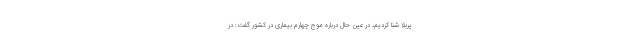
پربلا شنا کردیم، در عین حال درباره موج چهارم بیماری در کشور گفت: در